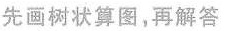
先画树状算图，再解答